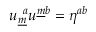
u _ { \underline { { { m } } } } ^ { ~ a } u ^ { \underline { { { m } } } b } = \eta ^ { a b } \qquad